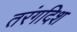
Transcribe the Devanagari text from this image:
तरंगदिश